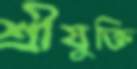
শ্রীযুক্তি